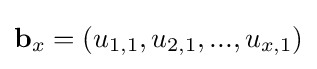
\mathbf {b} _{x}=(u_{1,1},u_{2,1},...,u_{x,1})